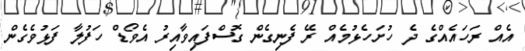
އެއް ރަހައެއްގެ ދެ ހުށަހެޅުމެއް ރޭ ފެނިގެން ގޮސްފައިވާއިރު އެވޯޑް ހަފުލާ ފަޅުވެގެން